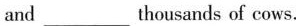
and ___ thousands of cows.